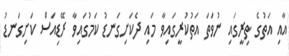
އާއި އަތުގެ ތިރީގައި ނުވަތަ އަތުކުރީގައިވާ މައި ދެކަށިގަނޑު ކަމުގައިވާ ރޭޑިއަސް ކަށިގަނޑު